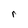
Character: r